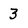
Character: 3